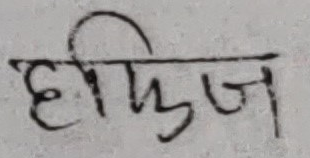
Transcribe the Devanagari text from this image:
हाफिज